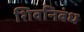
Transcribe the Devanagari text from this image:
शिवनिबंध